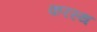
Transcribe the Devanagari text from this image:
करस्थ